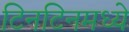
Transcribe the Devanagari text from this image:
टिनटिनमध्ये